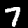
Label: 7